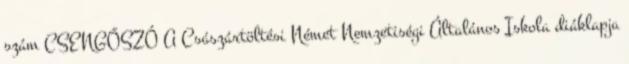
szám CSENGŐSZÓ A Császártöltési Német Nemzetiségi Általános Iskola diáklapja